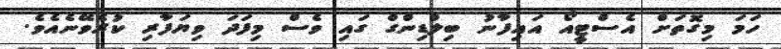
ހަމަ މިގޮތަށް އެސްޓީއޯ އައިފާނު ބިލްޑިންގް ގައި ވެސް މިފަދަ ވިޔަފާރި ކުރެވޭނެއެވެ.